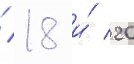
/ 18 и́ 20